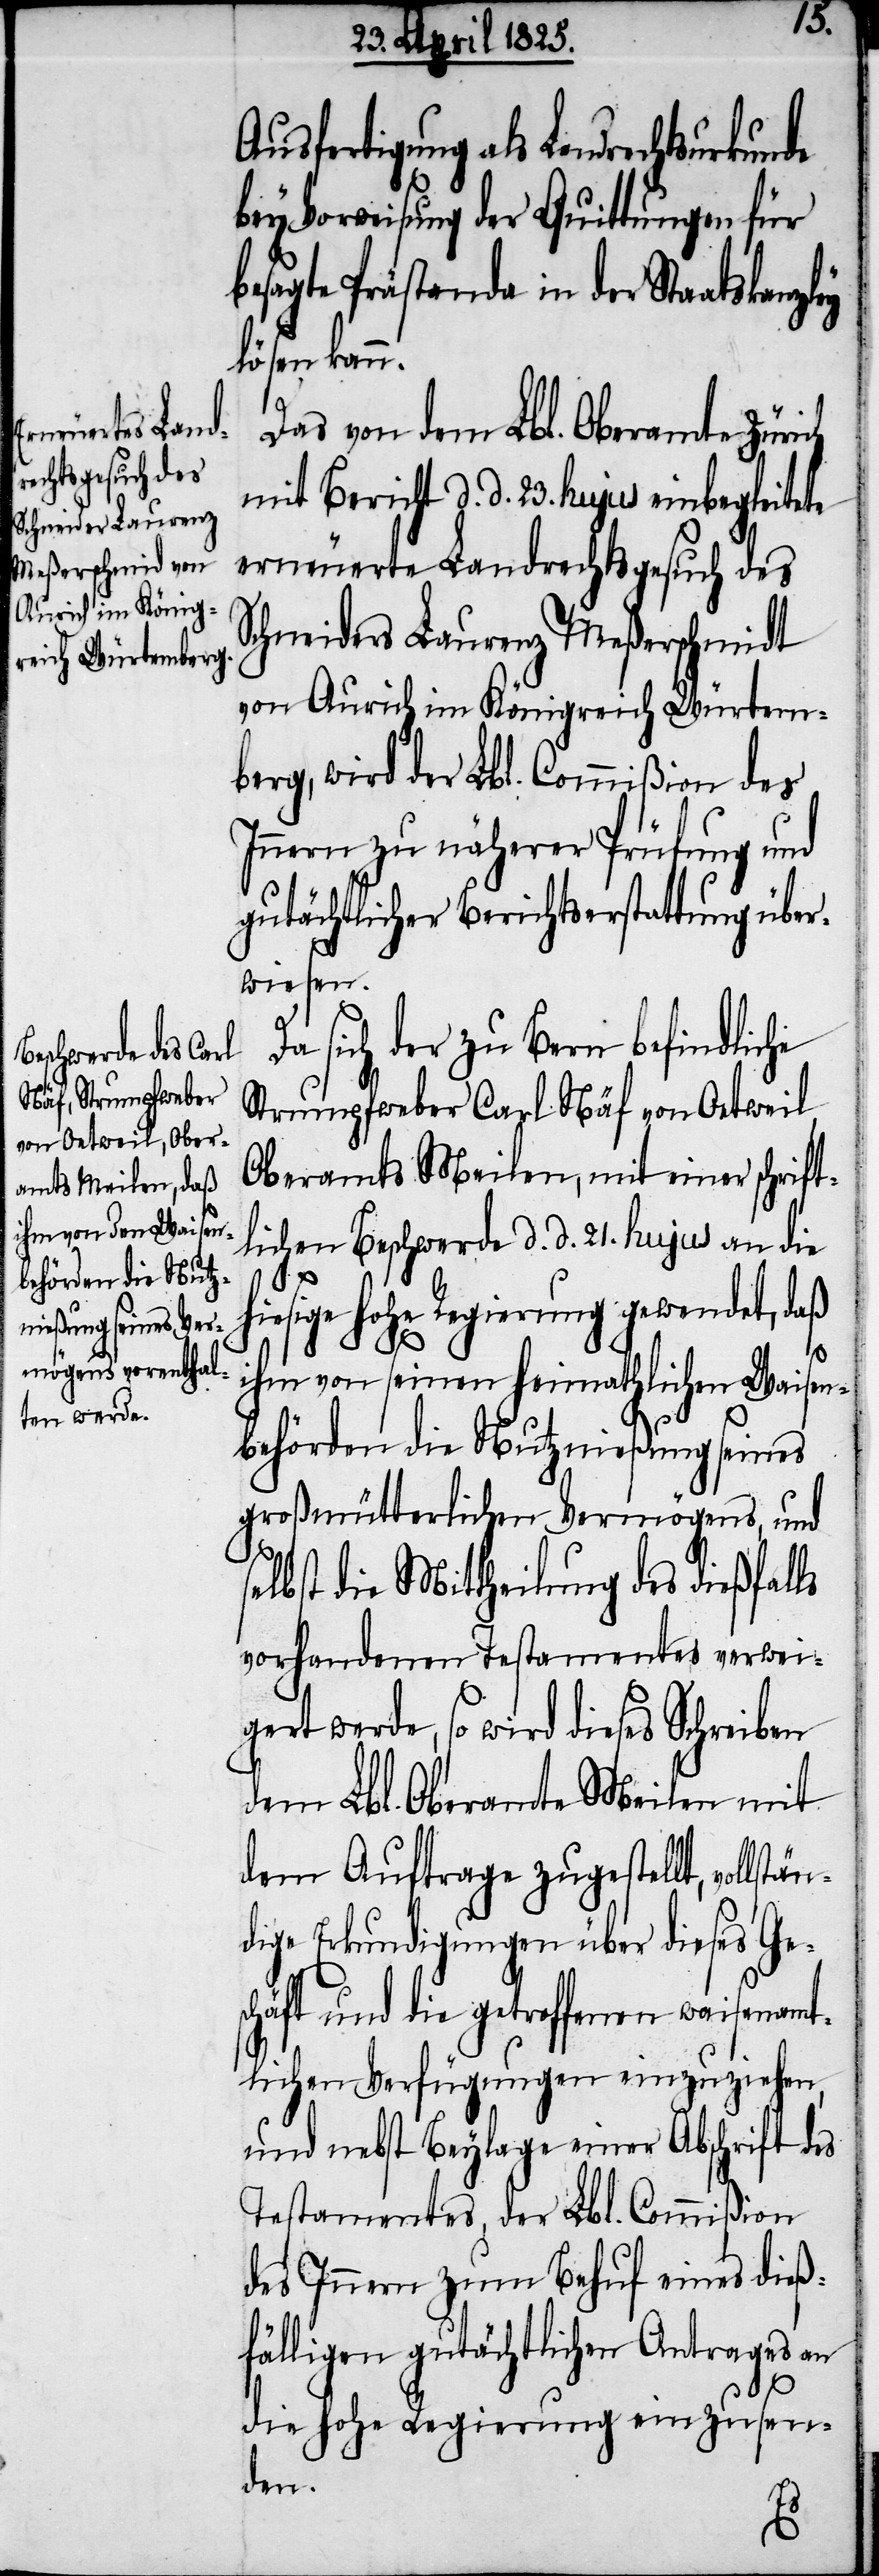
Ausfertigung als Landrechtsurkunde
bey Vorweisung der Quittungen für
gutächtlichen Antrages an
vollstän¬
Das von dem Lbl. Oberamte Zürich
mit Bericht d. d. 23. hujus einbegleitete
erneuerte Landrechtsgesuch des
Schneiders Laurenz Meßerschmidt
von Aurich im Königreich Würtem¬
berg, wird der Lbl. Commißion des
Innern zu näherer Prüfung und
gutächtlicher Berichtserstattung über¬
wiesen.
sich der zu Bern befindliche
Strumpfweber Carl Näf von Oetweil
Oberamts Meilen, mit einer schrift¬
lichen Beschwerde d. d. 21. hujus an die
des
iesige hohe Regierung gewendet, daß
ihm von seinen heimathlichen Waisen¬
behörden die Nutznießung seines
großmütterlichen Vermögens, und
lbst die Mittheilung des dießfalls
vorhandenen Testamentes verwei¬
gert werde, so wird dieses Schreiben
dem Lbl. Oberamte Meilen mit
dem Auftrage zugestellt,
dige Erkundigungen über dieses Ge¬
schäft und die getroffenen waisenamt¬
lichen Verfügungen einzuziehen,
und nebst Beylage einer Abschrift des
Testamentes, der Lbl. Commißion
die hohe Regierung einzusen¬
den.